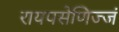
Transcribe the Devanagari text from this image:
रायपसेणिज्जं